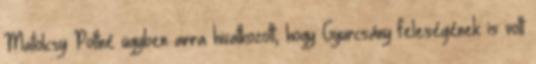
Matolcsy–Poltné ügyben arra hivatkozott, hogy Gyurcsány feleségének is volt